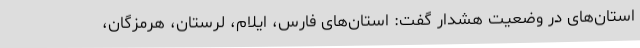
استان‌های در وضعیت هشدار گفت: استان‌های فارس، ایلام، لرستان، هرمزگان،